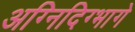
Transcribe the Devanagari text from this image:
अग्निदिग्भागे